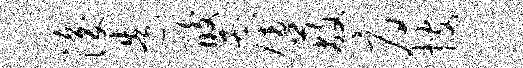
浚造酸雇蔽府搜